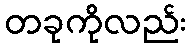
တခုကိုလည်း